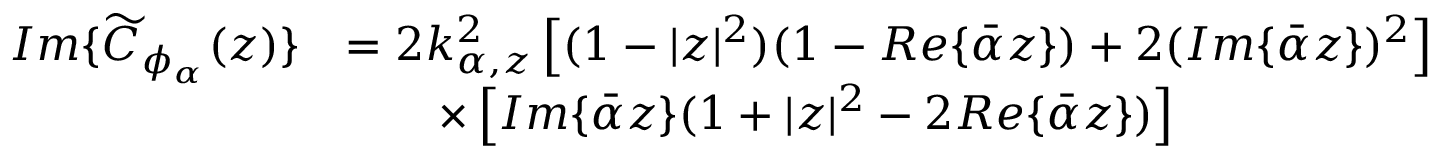
\begin{array} { r l } { I m \{ \widetilde { C } _ { \phi _ { \alpha } } ( z ) \} } & { = 2 k _ { \alpha , z } ^ { 2 } \left[ ( 1 - | z | ^ { 2 } ) ( 1 - R e \{ \bar { \alpha } z \} ) + 2 ( I m \{ \bar { \alpha } z \} ) ^ { 2 } \right] } \\ & { \qquad \times \left[ I m \{ \bar { \alpha } z \} ( 1 + | z | ^ { 2 } - 2 R e \{ \bar { \alpha } z \} ) \right] } \end{array}